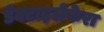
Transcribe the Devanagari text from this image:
डेक्टाइलेफेरा